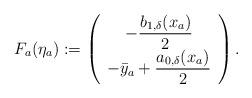
LaTeX: \begin{align*}\begin{aligned}F_a(\eta_a) & := \left(\begin{array}{c}-\dfrac{b_{1,\delta}(x_a)}{2} \\-\bar{y}_a + \dfrac{a_{0,\delta}(x_a)}{2}\end{array}\right).\end{aligned}\end{align*}